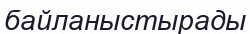
байланыстырады